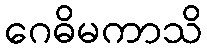
ဂေဓိမကာသိ